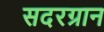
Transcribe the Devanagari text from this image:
सदरग्रान